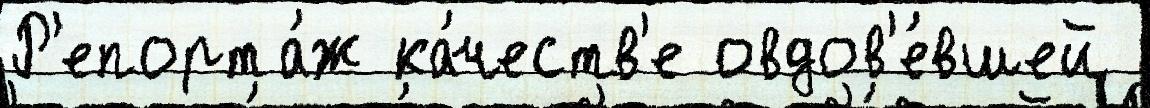
Р'епорта́ж ка́честв'е овдов'е́вшей